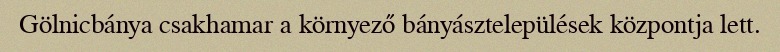
Gölnicbánya csakhamar a környező bányásztelepülések központja lett.